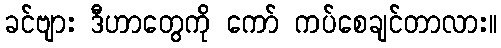
ခင်ဗျား ဒီဟာတွေကို ကော် ကပ်စေချင်တာလား။